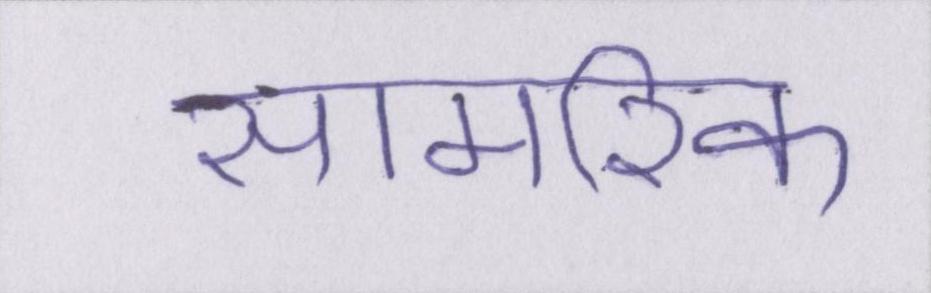
सामरिक